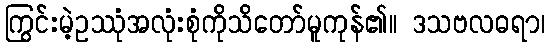
ကြွင်းမဲ့ဥဿုံအလုံးစုံကိုသိတော်မူကုန်၏။ ဒသဗလဓရာ၊